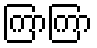
ကြာကြာ